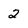
Character: 2